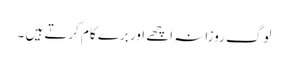
لوگ روزانہ اچھے اور برے کام کرتے ہیں ۔